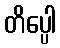
တိပ္ပေါ